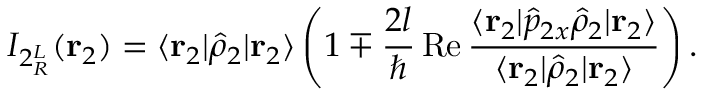
I _ { 2 { ^ L _ { R } } } ( \mathbf { r } _ { 2 } ) = \langle \mathbf { r } _ { 2 } | \hat { \rho } _ { 2 } | \mathbf { r } _ { 2 } \rangle \left( 1 \mp \frac { 2 l } { \hbar } \operatorname { R e } \frac { \langle \mathbf { r } _ { 2 } | \hat { p } _ { 2 x } \hat { \rho } _ { 2 } | \mathbf { r } _ { 2 } \rangle } { \langle \mathbf { r } _ { 2 } | \hat { \rho } _ { 2 } | \mathbf { r } _ { 2 } \rangle } \right) .